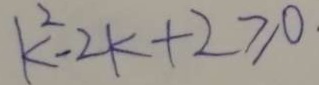
k ^ { 2 } - 2 k + 2 \geq 0 .